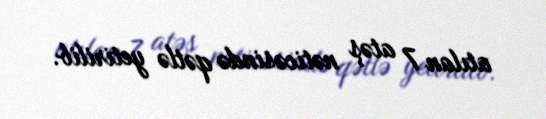
atılan 7 atəş nəticəsində qətlə yetirilib.